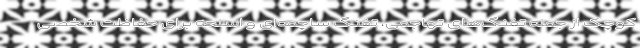
کوچک از جمله تفنگ‌های تهاجمی، تفنگ ساچمه‌ای و اسلحه برای حفاظت شخصی